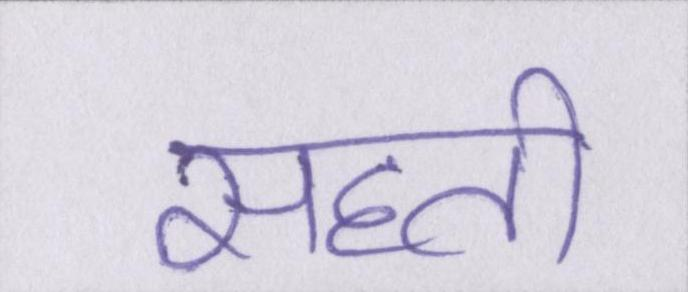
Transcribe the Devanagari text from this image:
सहती